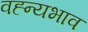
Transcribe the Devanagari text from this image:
वह्न्यभाव